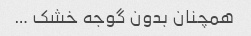
همچنان بدون گوجه خشک …